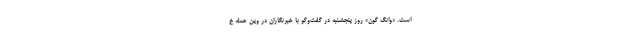
است. «وانگ گون» روز پنجشنبه در گفت‌وگو با خبرنگاران در وین حمله خ